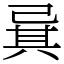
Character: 㠱